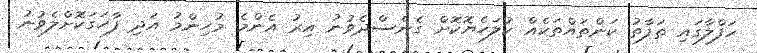
ހަފްލާގައި ތަފާތު ކަންތައްތަކެއް ކުލަހެޔޮކޮށް ގެނެސްދެވުނު އިރު އެންމެ މުހިންމު އަދި ފާހަގަކޮށްލެވުނު